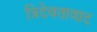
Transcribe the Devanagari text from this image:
त्रिदेवतावाद